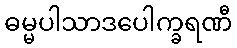
ဓမ္မပါသာဒပေါက္ခရဏီ